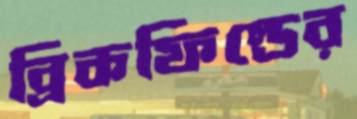
ব্রিকফিল্ডের